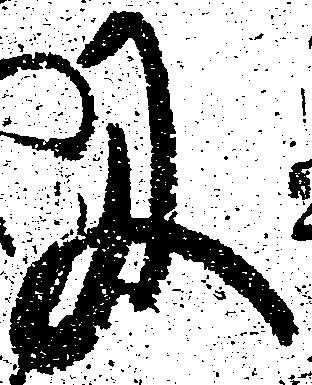
に